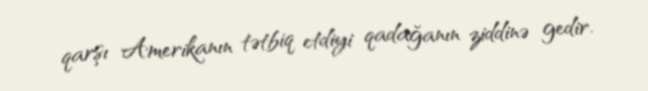
qarşı Amerikanın tətbiq etdiyi qadağanın ziddinə gedir.